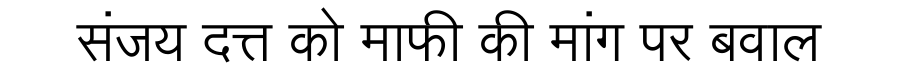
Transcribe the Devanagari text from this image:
संजय दत्त को माफी की मांग पर बवाल